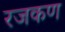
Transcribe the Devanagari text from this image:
रजकण